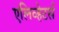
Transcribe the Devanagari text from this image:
एलिव्हेटर्स